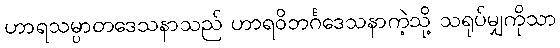
ဟာရသမ္ပာတဒေသနာသည် ဟာရဝိဘင်္ဂဒေသနာကဲ့သို့ သရုပ်မျှကိုသာ